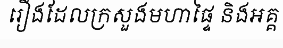
រឿងដែលក្រសួងមហាផ្ទៃ និងអគ្គ